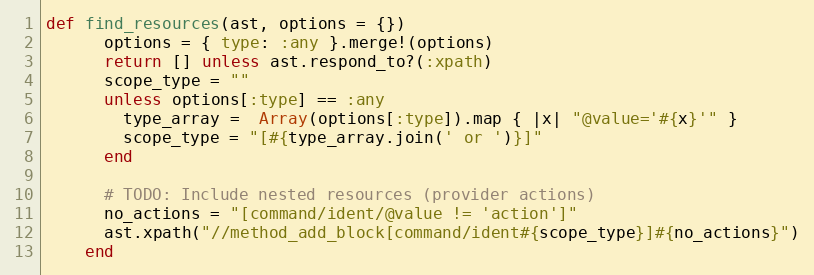
Language: Ruby
def find_resources(ast, options = {})
      options = { type: :any }.merge!(options)
      return [] unless ast.respond_to?(:xpath)
      scope_type = ""
      unless options[:type] == :any
        type_array =  Array(options[:type]).map { |x| "@value='#{x}'" }
        scope_type = "[#{type_array.join(' or ')}]"
      end

      # TODO: Include nested resources (provider actions)
      no_actions = "[command/ident/@value != 'action']"
      ast.xpath("//method_add_block[command/ident#{scope_type}]#{no_actions}")
    end